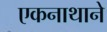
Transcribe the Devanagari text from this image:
एकनाथाने